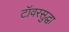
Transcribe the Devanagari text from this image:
टॉवरसुद्धा